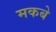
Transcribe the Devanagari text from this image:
मकबे